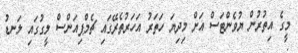
މީގެ އިތުރުން ޔުވެންޓަސް އަށް މިދިޔަ ހަތަރު އަހަރުތެރޭގައި ޗެމްޕިއަންސް ލީގުގައި ލަނޑު